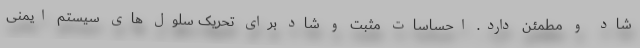
شاد و مطمئن دارد. احساسات مثبت و شاد برای تحریک سلول های سیستم ایمنی